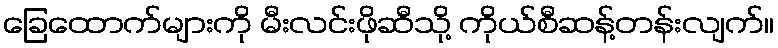
ခြေထောက်များကို မီးလင်းဖိုဆီသို့ ကိုယ်စီဆန့်တန်းလျက်။